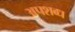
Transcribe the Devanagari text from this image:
अपशब्ध